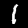
Label: 1